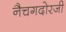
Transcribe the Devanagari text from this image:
नैचगदोरजी